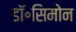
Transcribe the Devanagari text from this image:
डॉ॰सिमोन